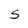
Character: S